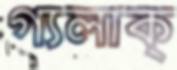
গ্যলাক্